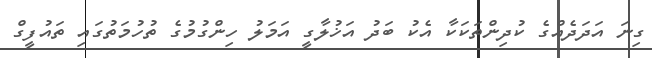
ގިނަ އަދަދެއްގެ ކުދިންތަކަކާ އެކު ބަދު އަޚުލާގީ އަމަލު ހިންގުމުގެ ތުހުމަތުގައި ތައުފީގް